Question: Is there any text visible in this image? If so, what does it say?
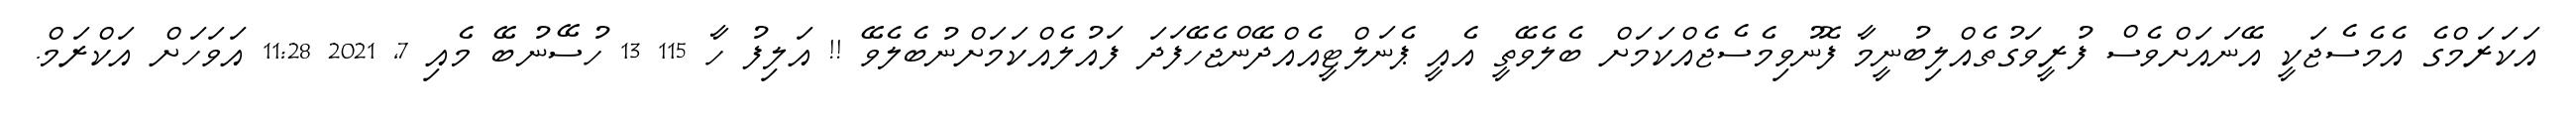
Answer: އަކަރަމްގެ އެމެސެޖަކީ އޭނައަށްވެސް ފުރީވަގުތެއްލިބުނީމާ ފޮނުވިމެސެޖެއްކަމަށް ބެލެވޭތީ އެއީ ޕެނަލްޓީއެއްދޭންޖެހޭފަދަ ފައުލެއްކަމަށްނުބެލެވޭ !! އަލިފު ހާ 115 13 ހުސޭނުބޭ މެއި 7, 2021 11:28 އަވަހަށް އަކްރަމް.